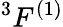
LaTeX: ^3F^{(1)}